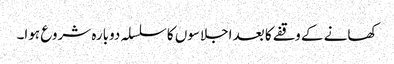
کھانے کے وقفے کا بعد اجلاسوں کا سلسلہ دوبارہ شروع ہوا۔